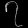
Digit: ၇